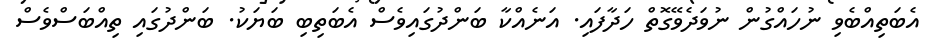
އެބަތިއްބެވި ނުހައްގުން ނުވަދެވޭގޮތް ހަދާފައި. އަނެއްކާ ބަންދުގައިވެސް އެބަތިބި ބަޔަކު. ބަންދުގައި ތިއްބަސްވެސް